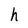
Character: h